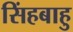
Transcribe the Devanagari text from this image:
सिंहबाहु